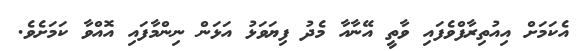
އެކަމަށް އިއުތިރާފްވެފައި ވާތީ އޭނާއާ މެދު ފިޔަވަޅު އަޅަން ނިންމާފައި އޮއްވާ ކަމަށެވެ.